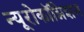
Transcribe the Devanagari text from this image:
न्यूरोकॉग्निशन